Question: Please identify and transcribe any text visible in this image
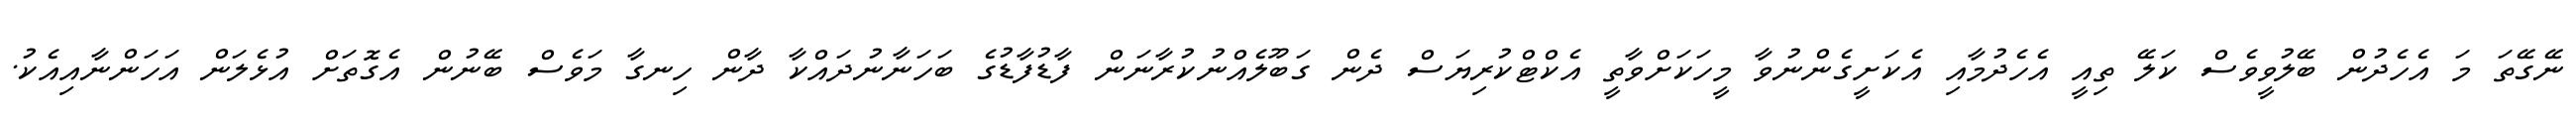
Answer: ނޭގޭތަ މަ އެހެދުން ބޭލުވީވެސް ކަލޭ ތިއީ އެހެދުމާއި އެކަށީގެންނުވާ މީހަކަށްވާތީ އެކްޓްކުރިޔަސް ދެން ގަބޫލެއްނުކުރާނަން ފާޑުފާޑުގެ ބަހަނާނުދައްކާ ދާން ހިނގާ މަވެސް ބޭނުން އެގޮތަށް އުޅެލަން އަހަންނާއިއެކު.